Vaccination in Bombay 1913-1923 - 1913-1923
Year: 1913
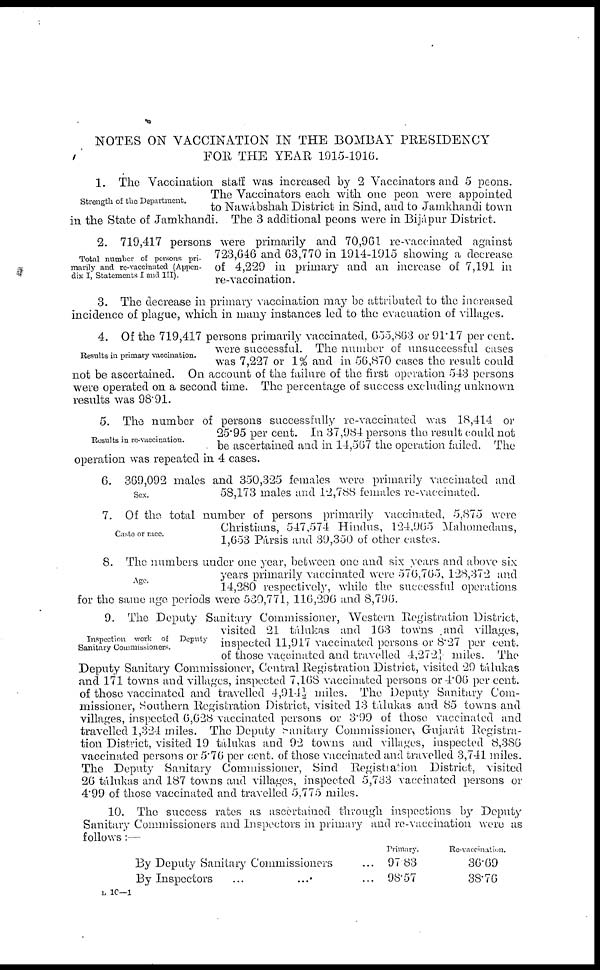
NOTES ON VACCINATION IN THE BOMBAY PRESIDENCY
FOR THE YEAR 1915-1916.
Strength of the Department.
1. The Vaccination staff was increased by 2 Vaccinators and 5 peons.
The Vaccinators each with one peon were appointed
to Nawábshah District in Sind, and to Jamkhandi town
in the State of Jamkhandi. The 3 additional peons were in Bijápur District.
Total number of persons pri-
marily and re-vaccinated (Appen-
dix I, Statements I and III).
2. 719,417 persons were primarily and 70,961 re-vaccinated against
723,646 and 63,770 in 1914-1915 showing a decrease
of 4,229 in primary and an increase of 7,191 in
re-vaccination.
3. The decrease in primary vaccination may be attributed to the increased
incidence of plague, which in many instances led to the evacuation of villages.
Results in primary vaccination.
4. Of the 719,417 persons primarily vaccinated, 655,863 or 91.17 per cent.
were successful. The number of unsuccessful cases
was 7,227 or 1% and in 56,870 cases the result could
not be ascertained. On account of the failure of the first operation 543 persons
were operated on a second time. The percentage of success excluding unknown
results was 98.91.
Results in re-vaccination.
5. The number of persons successfully re-vaccinated was 18,414 or
25.95 per cent. In 37,984 persons the result could not
be ascertained and in 14,567 the operation failed. The
operation was repeated in 4 cases.
Sex.
6. 369,092 males and 350,325 females were primarily vaccinated and
58,173 males and 12,788 females re-vaccinated.
Caste or race.
7. Of the total number of persons primarily vaccinated, 5,875 were
Christians, 547,574 Hindus, 124,965 Mahomedans,
1,653 Pársis and 39,350 of other castes.
Age.
8. The numbers under one year, between one and six years and above six
years primarily vaccinated were 576,705, 128,372 and
14,280 respectively, while the successful operations
for the same age periods were 530,771, 116,296 and 8,796.
Inspection work of Deputy
Sanitary Commissioners.
9. The Deputy Sanitary Commissioner, Western Registration District,
visited 21 tálukas and 163 towns and villages,
inspected 11,917 vaccinated persons or 8.27 per cent.
of those vaccinated and travelled 4,2721 miles. The
Deputy Sanitary Commissioner, Central Registration District, visited 29 tálukas
and 171 towns and villages, inspected 7,168 vaccinated persons or 4.06 per cent.
of those vaccinated and travelled 4,914½ miles. The Deputy Sanitary Com-
missioner, Southern Registration District, visited 13 tálukas and 85 towns and
villages, inspected 6,628 vaccinated persons or 3.99 of those vaccinated and
travelled 1,324 miles. The Deputy Sanitary Commissioner, Gujarát Registra-
tion District, visited 19 tálukas and 92 towns and villages, inspected 8,386
vaccinated persons or 5.76 per cent. of those vaccinated and travelled 3,741 miles.
The Deputy Sanitary Commissioner, Sind Registration District, visited
26 tálukas and 187 towns and villages, inspected 5,733 vaccinated persons or
4.99 of those vaccinated and travelled 5,775 miles.
10. The success rates as ascertained through inspections by Deputy
Sanitary Commissioners and Inspectors in primary and re-vaccination were as
follows:—
By Deputy Sanitary Commissioners ...
By Inspectors ... ...
Primary.
97.83
98.57
Re-vaccination.
36.69
38.76
L 10—1